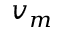
v _ { m }